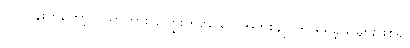
လုပ်ငန်းကတော့ ပညာကား ကြွေးတင်သော အဘိုးချုပ်က ရရှိခဲ့သူများဖြစ်၍